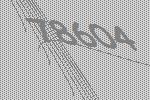
78604